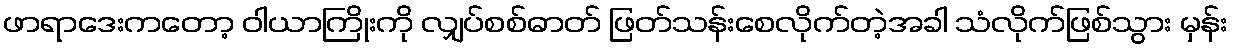
ဖာရာဒေးကတော့ ဝါယာကြိုးကို လျှပ်စစ်ဓာတ် ဖြတ်သန်းစေလိုက်တဲ့အခါ သံလိုက်ဖြစ်သွား မှန်း